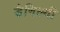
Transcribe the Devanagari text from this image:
डैनिल्यी